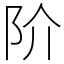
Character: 阶